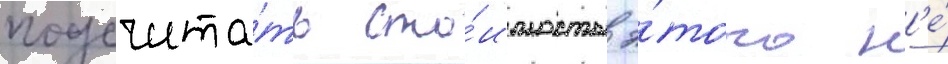
подсчита́ть сто́имость э́того н'е́